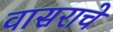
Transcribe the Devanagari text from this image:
वासराचे